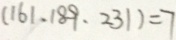
( 1 6 1 . 1 8 9 . 2 3 1 ) = 7